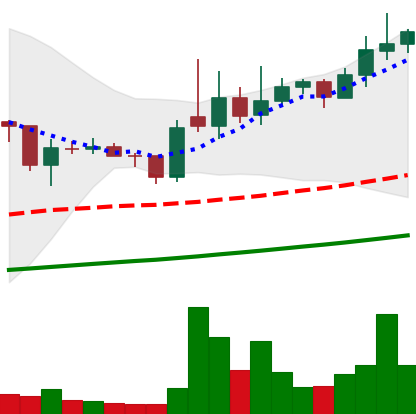
Ticker: XLM-USD
Chart end date: 2021-02-08
Forward return: 41.542%
Label: up_7plus